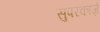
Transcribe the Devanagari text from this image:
सुपरकार्ज़